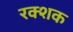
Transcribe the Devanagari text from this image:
रक्शक